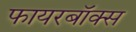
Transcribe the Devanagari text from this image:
फायरबॉक्स